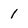
Character: 1